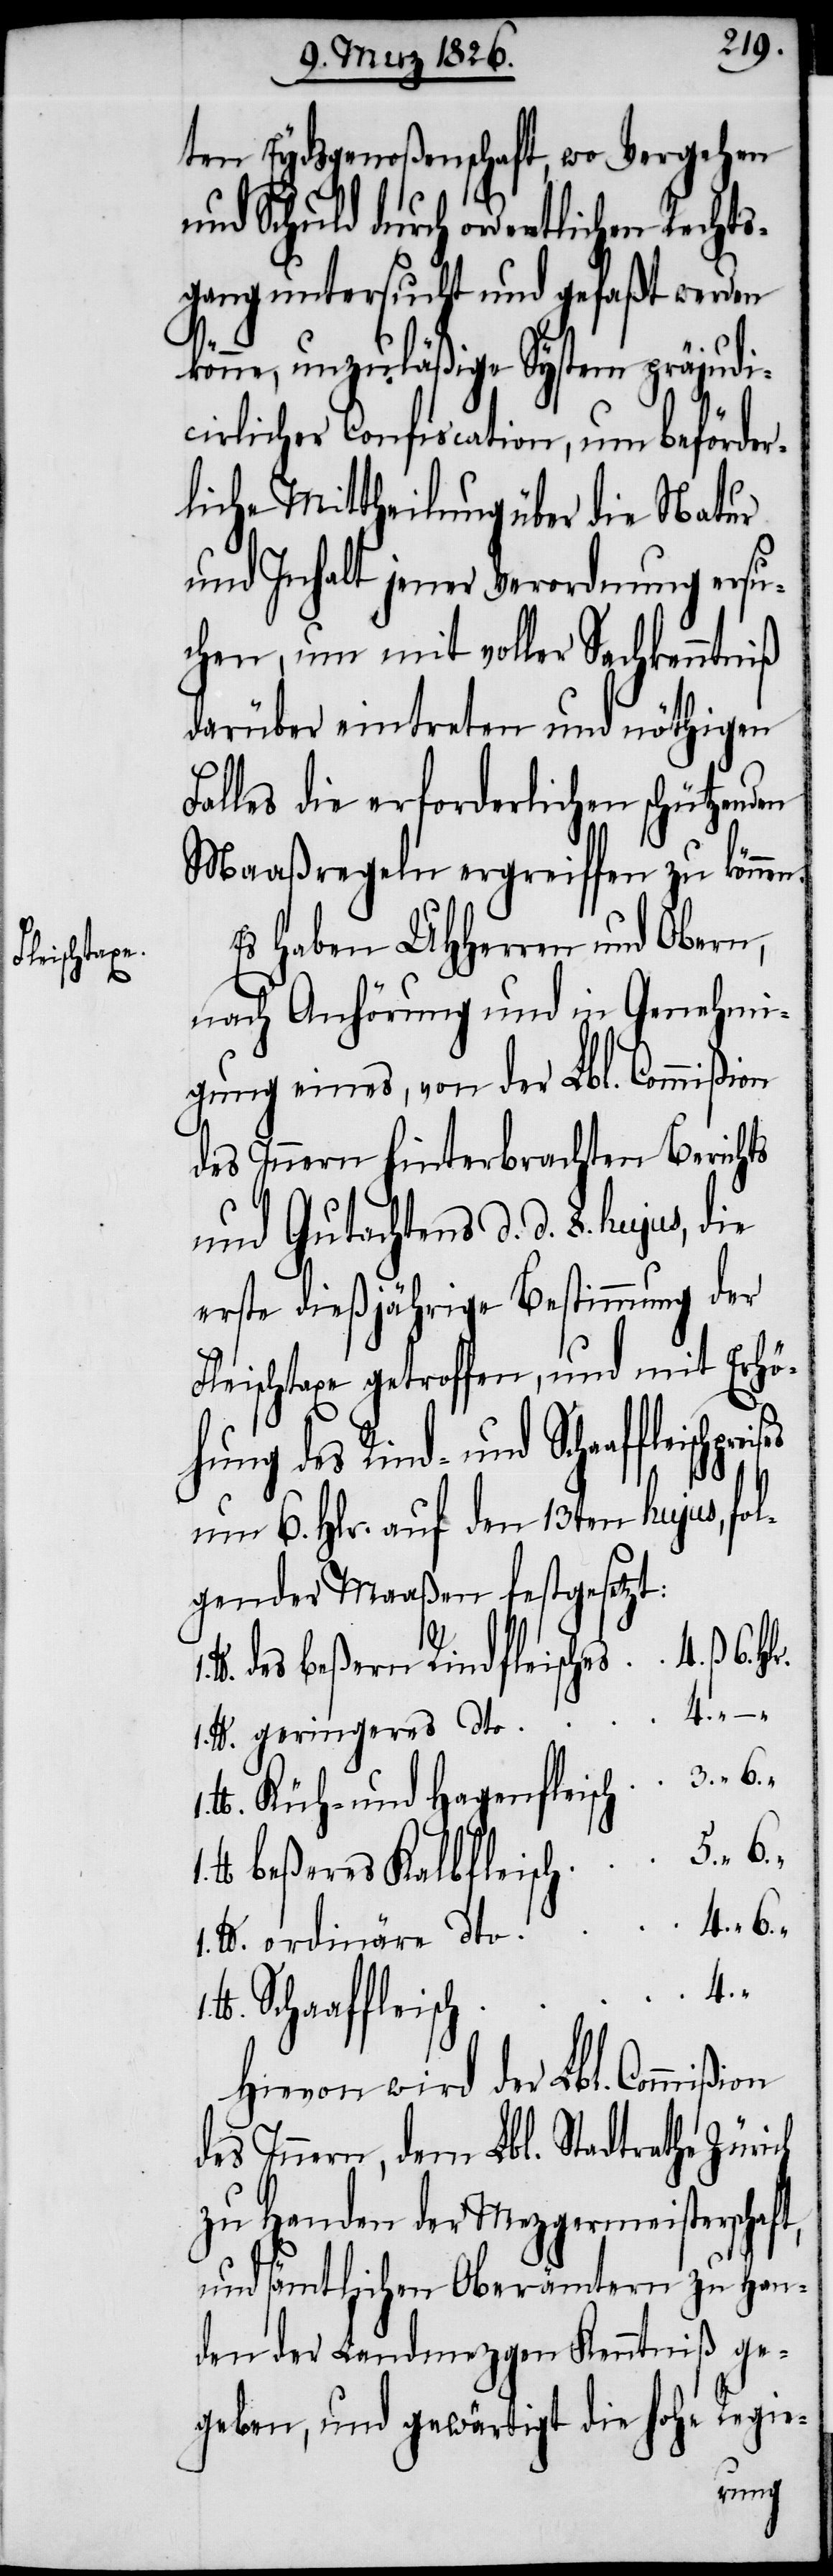
leischpreises

ten Eydsgenoßenschaft, wo Vergehen
und Schuld durch ordentlichen Rechts¬
gang untersucht und gefaßt werden
könne, unzuläßige System präjudi¬
cirlicher Confiscation, um beförder¬
liche Mittheilung über die Natur
und Inhalt jener Verordnung ersu¬
chen, um mit voller Sachkenntniß
darüber eintreten und nöthigen
Falles die erforderlichen schützenden
Maaßregeln ergreiffen zu könne¬
Es haben UHHerren und Obern,
nach Anhörung und in Genehmi¬
gung eines, von der Lbl. Commißion
des Innern hinterbrachten Berichts
und Gutachtens d. d. 8. hujus,
erste dießjährige Bestimmung der
Fleischtaxe getroffen, und mit Erhö¬
hung des Rind- und Schaaff¬
um 6. Hlr. auf den 13ten hujus, fol¬
gender Maaßen festgesetzt:
des beßern Rindfleisches
Küh- und Hagenfleisch
beßeres Kalbfleisch
4.
Hievon wird der Lbl. Commißion
des Innern, dem Lbl. Stadtrathe Zürich
zu Handen der Mezgermeisterschaft,
und sämtlichen Oberämtern zu Han¬
den der Landmezgen Kenntniß ge¬
geben, und gewärtigt die hohe Regie-